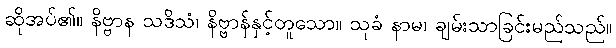
ဆိုအပ်၏။ နိဗ္ဗာန သဒိသံ၊ နိဗ္ဗာန်နှင့်တူသော။ သုခံ နာမ၊ ချမ်းသာခြင်းမည်သည်။